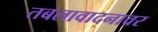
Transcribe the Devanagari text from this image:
तबलावादनावर